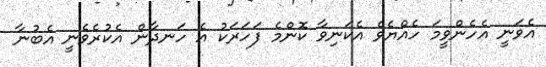
އެވަނީ އެހެންވީމަ ހެއްޔެވެ އެކަނިވާ ކޮންމެ ފަހަރަކު އެ ހަނދާން އެކުރެވެނީ އެބުނާ